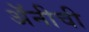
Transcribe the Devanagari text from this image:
अॅनीची